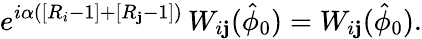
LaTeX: e^{i\alpha\left(\left[R_{i}-1\right]+\left[R_{\mathbf{j}}-1\right]\right)}\, W_{i\mathbf{j}}(\hat{{\phi}}_{0})=W_{i\mathbf{j}}(\hat{{\phi}}_{0}).